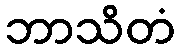
ဘာသိတံ